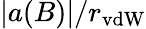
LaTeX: |a(B)|/r_{\mathrm{vdW}}